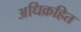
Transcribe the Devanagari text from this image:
अधिक्रहित